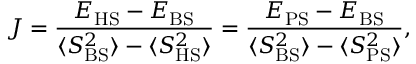
J = \frac { E _ { \mathrm { H S } } - E _ { \mathrm { B S } } } { \langle S _ { \mathrm { B S } } ^ { 2 } \rangle - \langle S _ { \mathrm { H S } } ^ { 2 } \rangle } = \frac { E _ { \mathrm { P S } } - E _ { \mathrm { B S } } } { \langle S _ { \mathrm { B S } } ^ { 2 } \rangle - \langle S _ { \mathrm { P S } } ^ { 2 } \rangle } ,